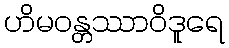
ဟိမဝန္တဿာဝိဒူရေ